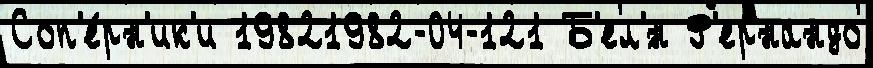
Соп'е́рн'ик'и 19821982-04-121 Б'ел'́н Ф'ернандо